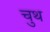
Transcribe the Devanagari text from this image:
चुथ